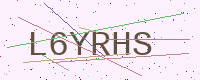
Text: L6YRHS